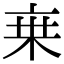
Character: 𬽌